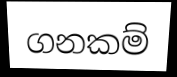
ගනකම්